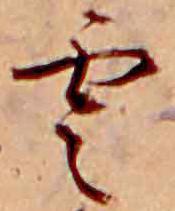
雲